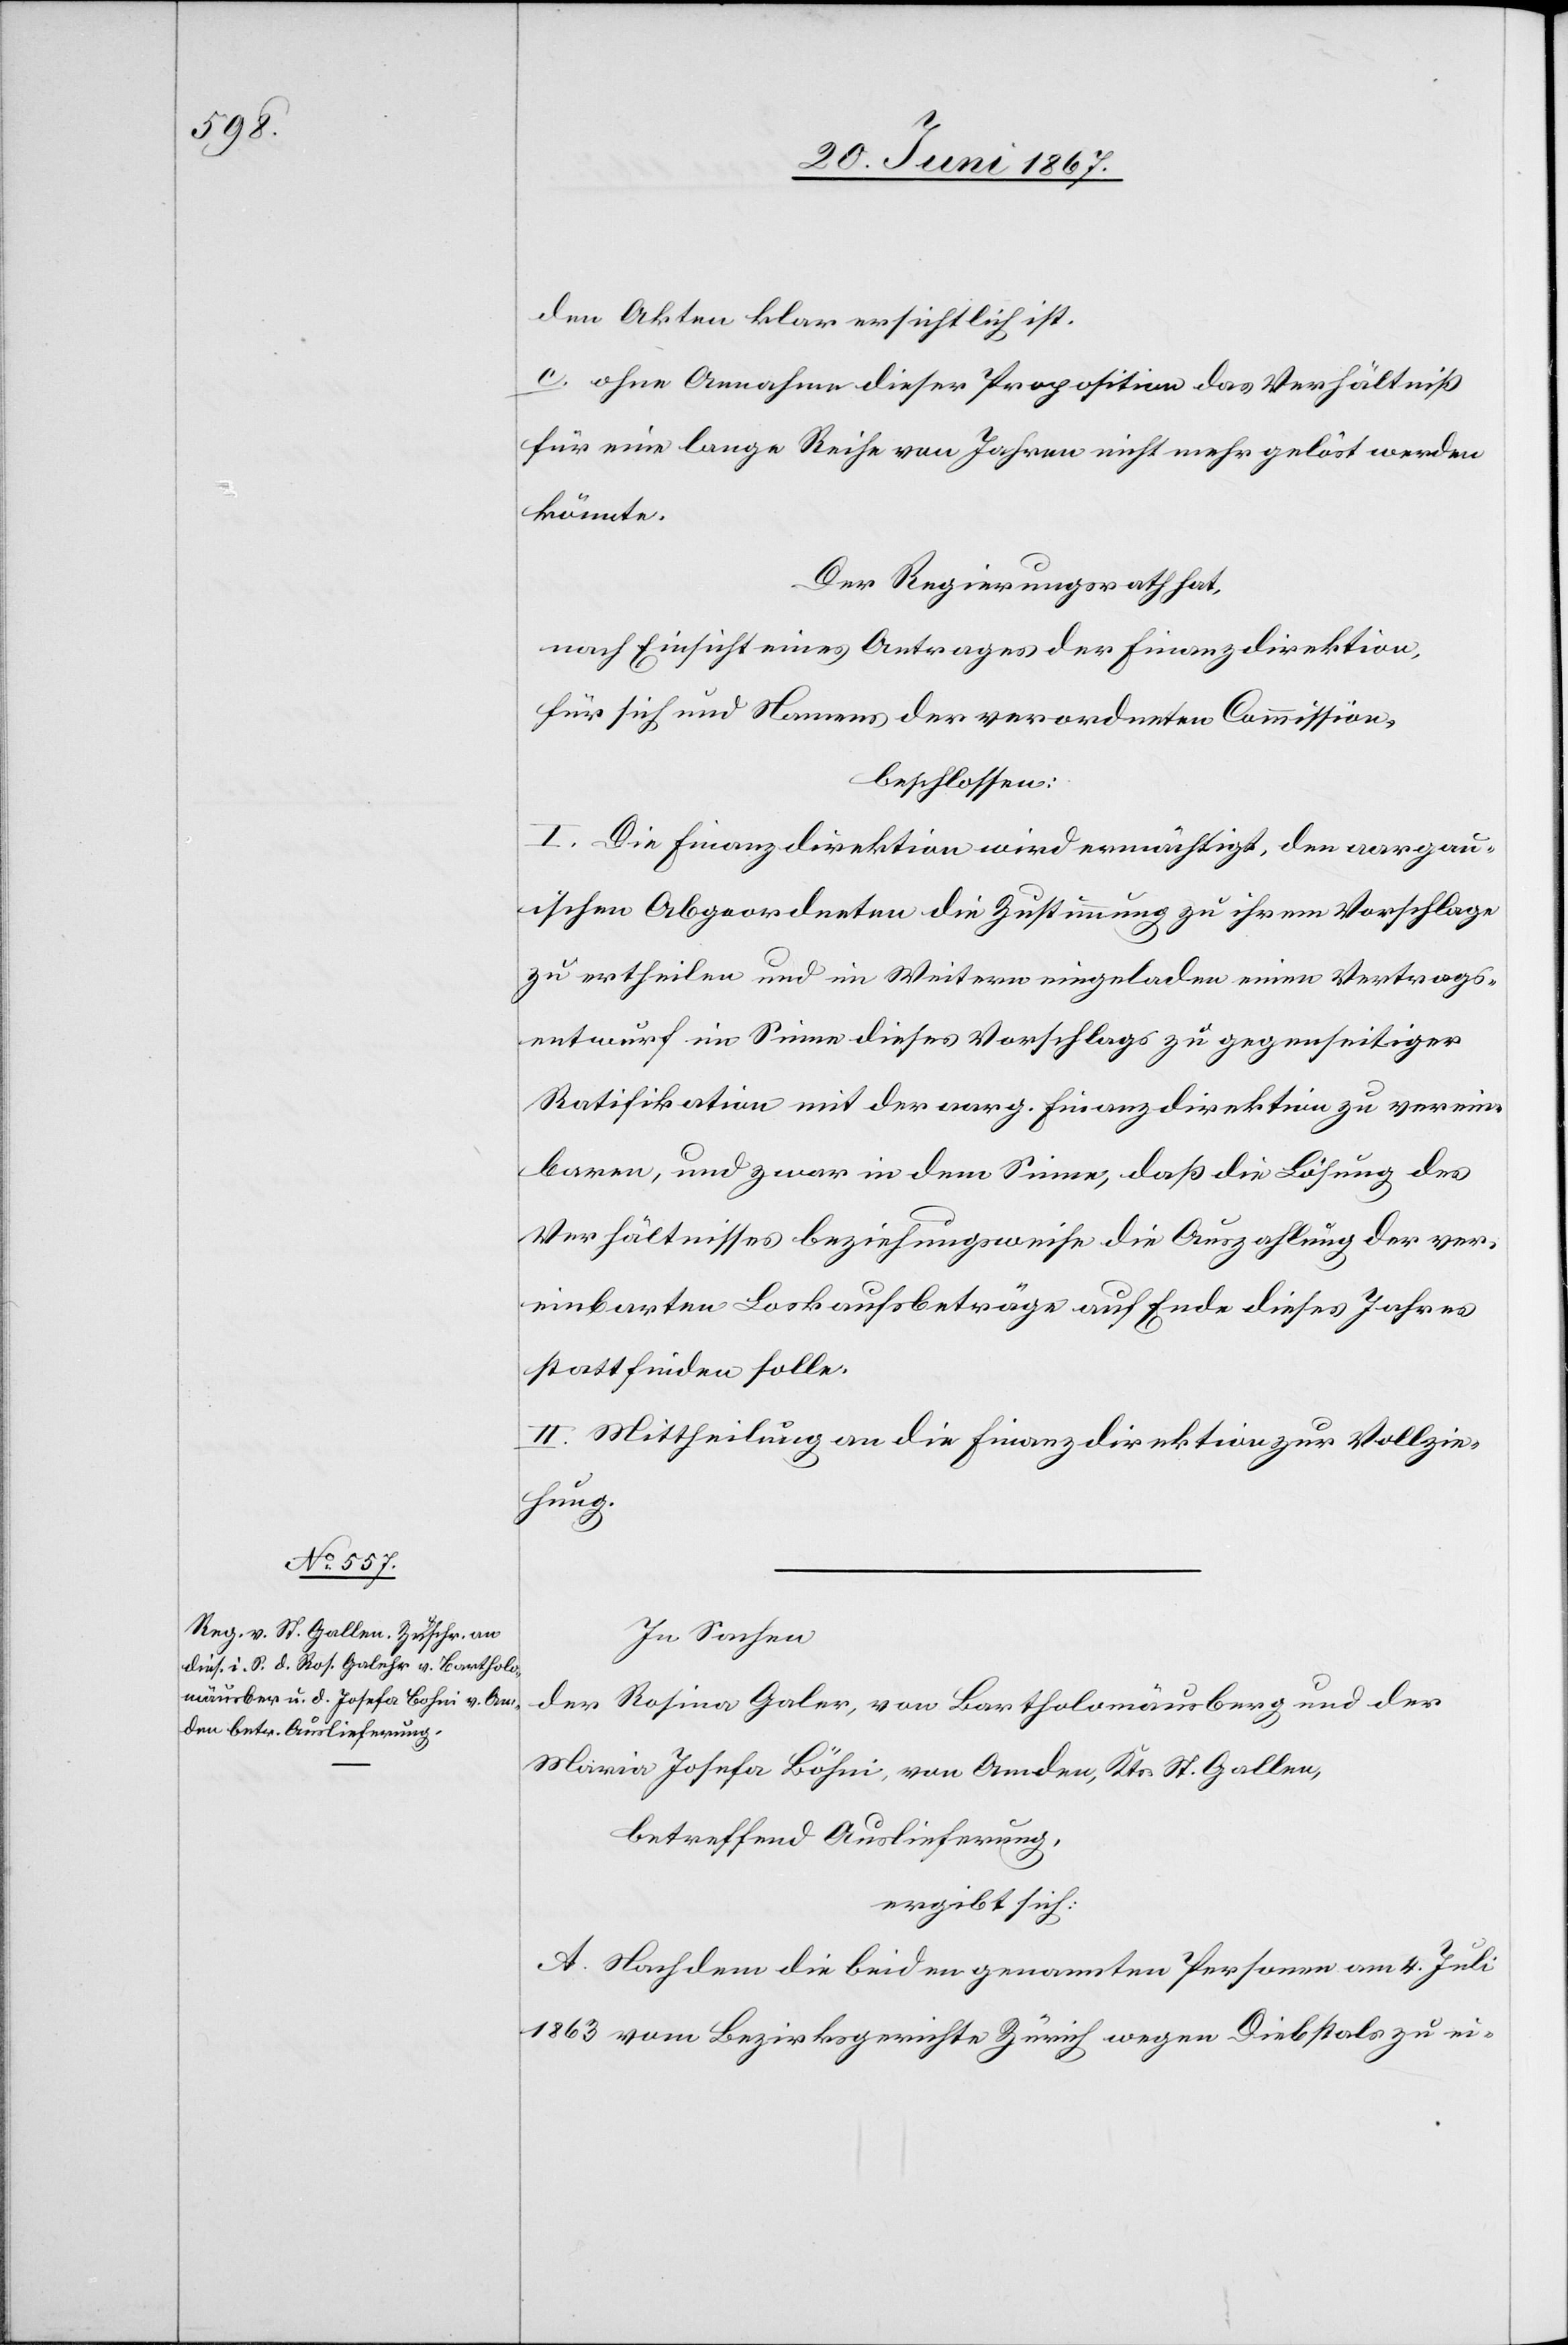
den Akten klar ersichtlich ist.
c. ohne Annahme dieser Proposition das Verhältniß
für eine lange Reihe von Jahren nicht mehr gelöst werden
könnte.
Der Regierungsrath hat,
nach Einsicht eines Antrages der Finanzdirektion
für sich und Namens der verordneten Commission,
beschlossen:
I. Die Finanzdirektion wird ermächtigt, den aargau¬
ischen Abgeordneten die Zustimmung zu ihrem Vorschlage
zu ertheilen und im Weitern eingeladen einen Vertrags¬
entwurf im Sinne dieses Vorschlags zu gegenseitiger
Ratifikation mit der aarg. Finanzdirektion zu verein¬
baren, und zwar in dem Sinne, daß die Lösung des
Verhältnisses beziehungsweise die Auszählung der ver¬
einbarten Loskaufsbeträge auf Ende dieses Jahres
stattfinden solle.
II. Mittheilung an die Finanzdirektion zur Vollzie¬
hung.
In Sachen
der Rosina Galer [sic!], von Bartholomäusberg und der
Maria Josefa Böhni [sic!], von Amden, Kts. St. Gallen,
betreffend Auslieferung,
ergibt sich:
A. Nachdem die beiden genannten Personen am 4. Juli
1863 vom Bezirksgerichte Zürich wegen Diebstals zu ei-